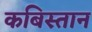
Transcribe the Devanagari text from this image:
कबिस्तान